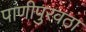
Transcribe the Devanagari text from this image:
पाणीपुरवठा